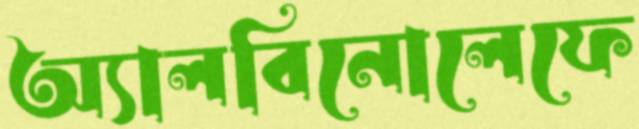
অ্যালবিনোলেফে